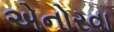
એનોરવા